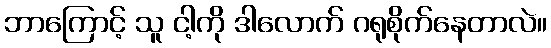
ဘာကြောင့် သူ ငါ့ကို ဒါလောက် ဂရုစိုက်နေတာလဲ။